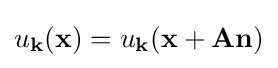
u_{\mathbf {k} }(\mathbf {x} )=u_{\mathbf {k} }(\mathbf {x} +\mathbf {A} \mathbf {n} )